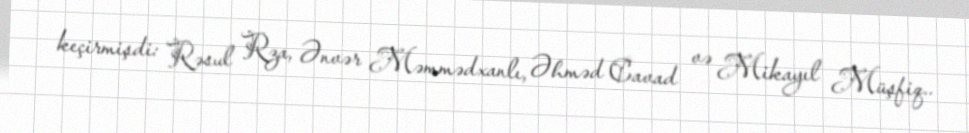
keçirmişdi: Rəsul Rza, Ənvər Məmmədxanlı, Əhməd Cavad və Mikayıl Müşfiq..